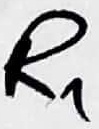
Text: R1